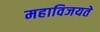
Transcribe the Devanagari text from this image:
महाविजयते